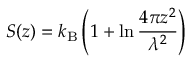
S ( z ) = \ensuremath { k _ { \mathrm { B } } } \left( 1 + \ln \frac { 4 \pi z ^ { 2 } } { \lambda ^ { 2 } } \right)